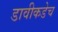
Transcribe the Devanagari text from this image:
डावीकडेच